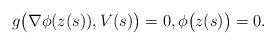
LaTeX: \begin{align*}g\big(\nabla \phi(z(s)),V(s)\big)=0, \phi\big(z(s)\big)=0.\end{align*}